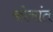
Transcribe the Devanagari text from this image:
कोनांत